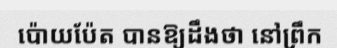
ប៉ោយប៉ែត បានឱ្យដឹងថា នៅព្រឹក